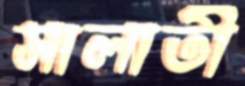
সালাতী